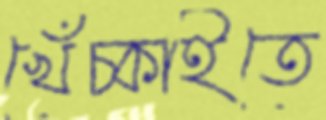
খেঁচ্‌কাইতে